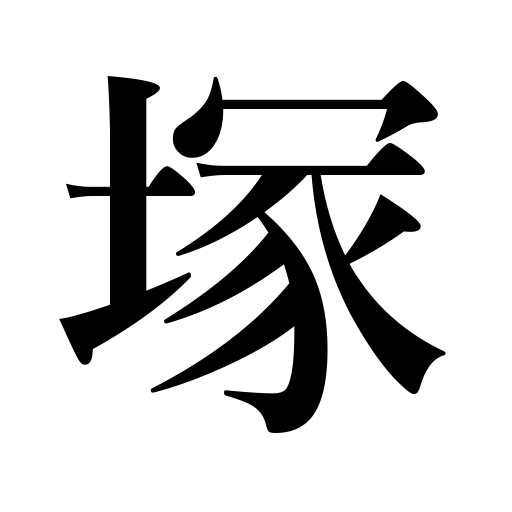
Meanings: mound,hillock,tumulus